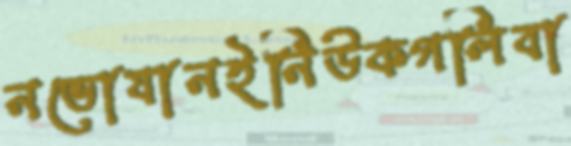
নভোযানইনিউকগলিবা